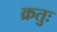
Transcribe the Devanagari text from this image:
क्रतुः